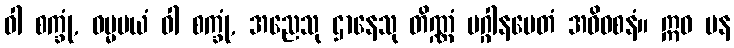
ဝါ စက္ခုံ, ဓမ္မမယံ ဝါ စက္ခုံ, အညေသု ဌာနေသု တိဏ္ဏံ မဂ္ဂါနမေတံ အဓိဝစနံ။ ဣဓ ပန